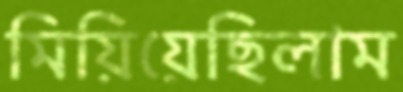
মিয়িয়েছিলাম